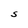
Character: S